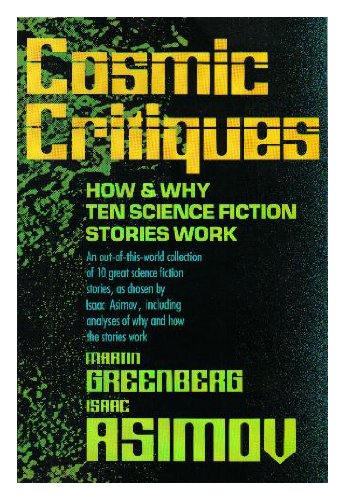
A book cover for Cosmic Critiques: How and Why Ten Science Fiction Stories Work; Isaac Asimov; Science Fiction & Fantasy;